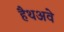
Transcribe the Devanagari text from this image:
हैथअवे